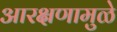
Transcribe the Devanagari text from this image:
आरक्षणामुळे